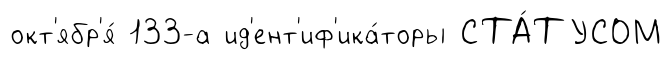
окт'ябр'я́ 133-а ид'ент'иф'ика́торы СТА́ТУСОМ